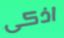
اذكى